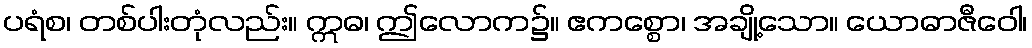
ပရံစ၊ တစ်ပါးတုံလည်း။ ဣဓ၊ ဤလောက၌။ ဧကစ္စော၊ အချို့သော။ ယောဓာဇီဝေါ၊